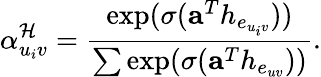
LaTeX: \alpha_{u_{i}v}^{\mathcal{H}}=\frac{\exp(\sigma(\mathbf{a}^{T}h_{e_{u_{i}v}}))}{\sum\exp(\sigma(\mathbf{a}^{T}h_{e_{uv}}))}.